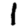
Digit: 1